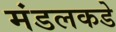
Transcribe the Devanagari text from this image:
मंडलकडे